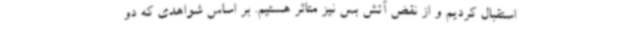
استقبال کردیم و از نقض آتش بس نیز متاثر هستیم. بر اساس شواهدی که دو